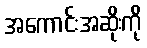
အကောင်းအဆိုးကို